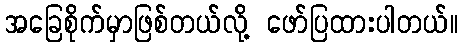
အခြေစိုက်မှာဖြစ်တယ်လို့ ဖော်ပြထားပါတယ်။